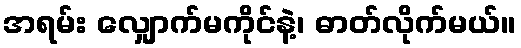
အရမ်း လျှောက်မကိုင်နဲ့၊ ဓာတ်လိုက်မယ်။